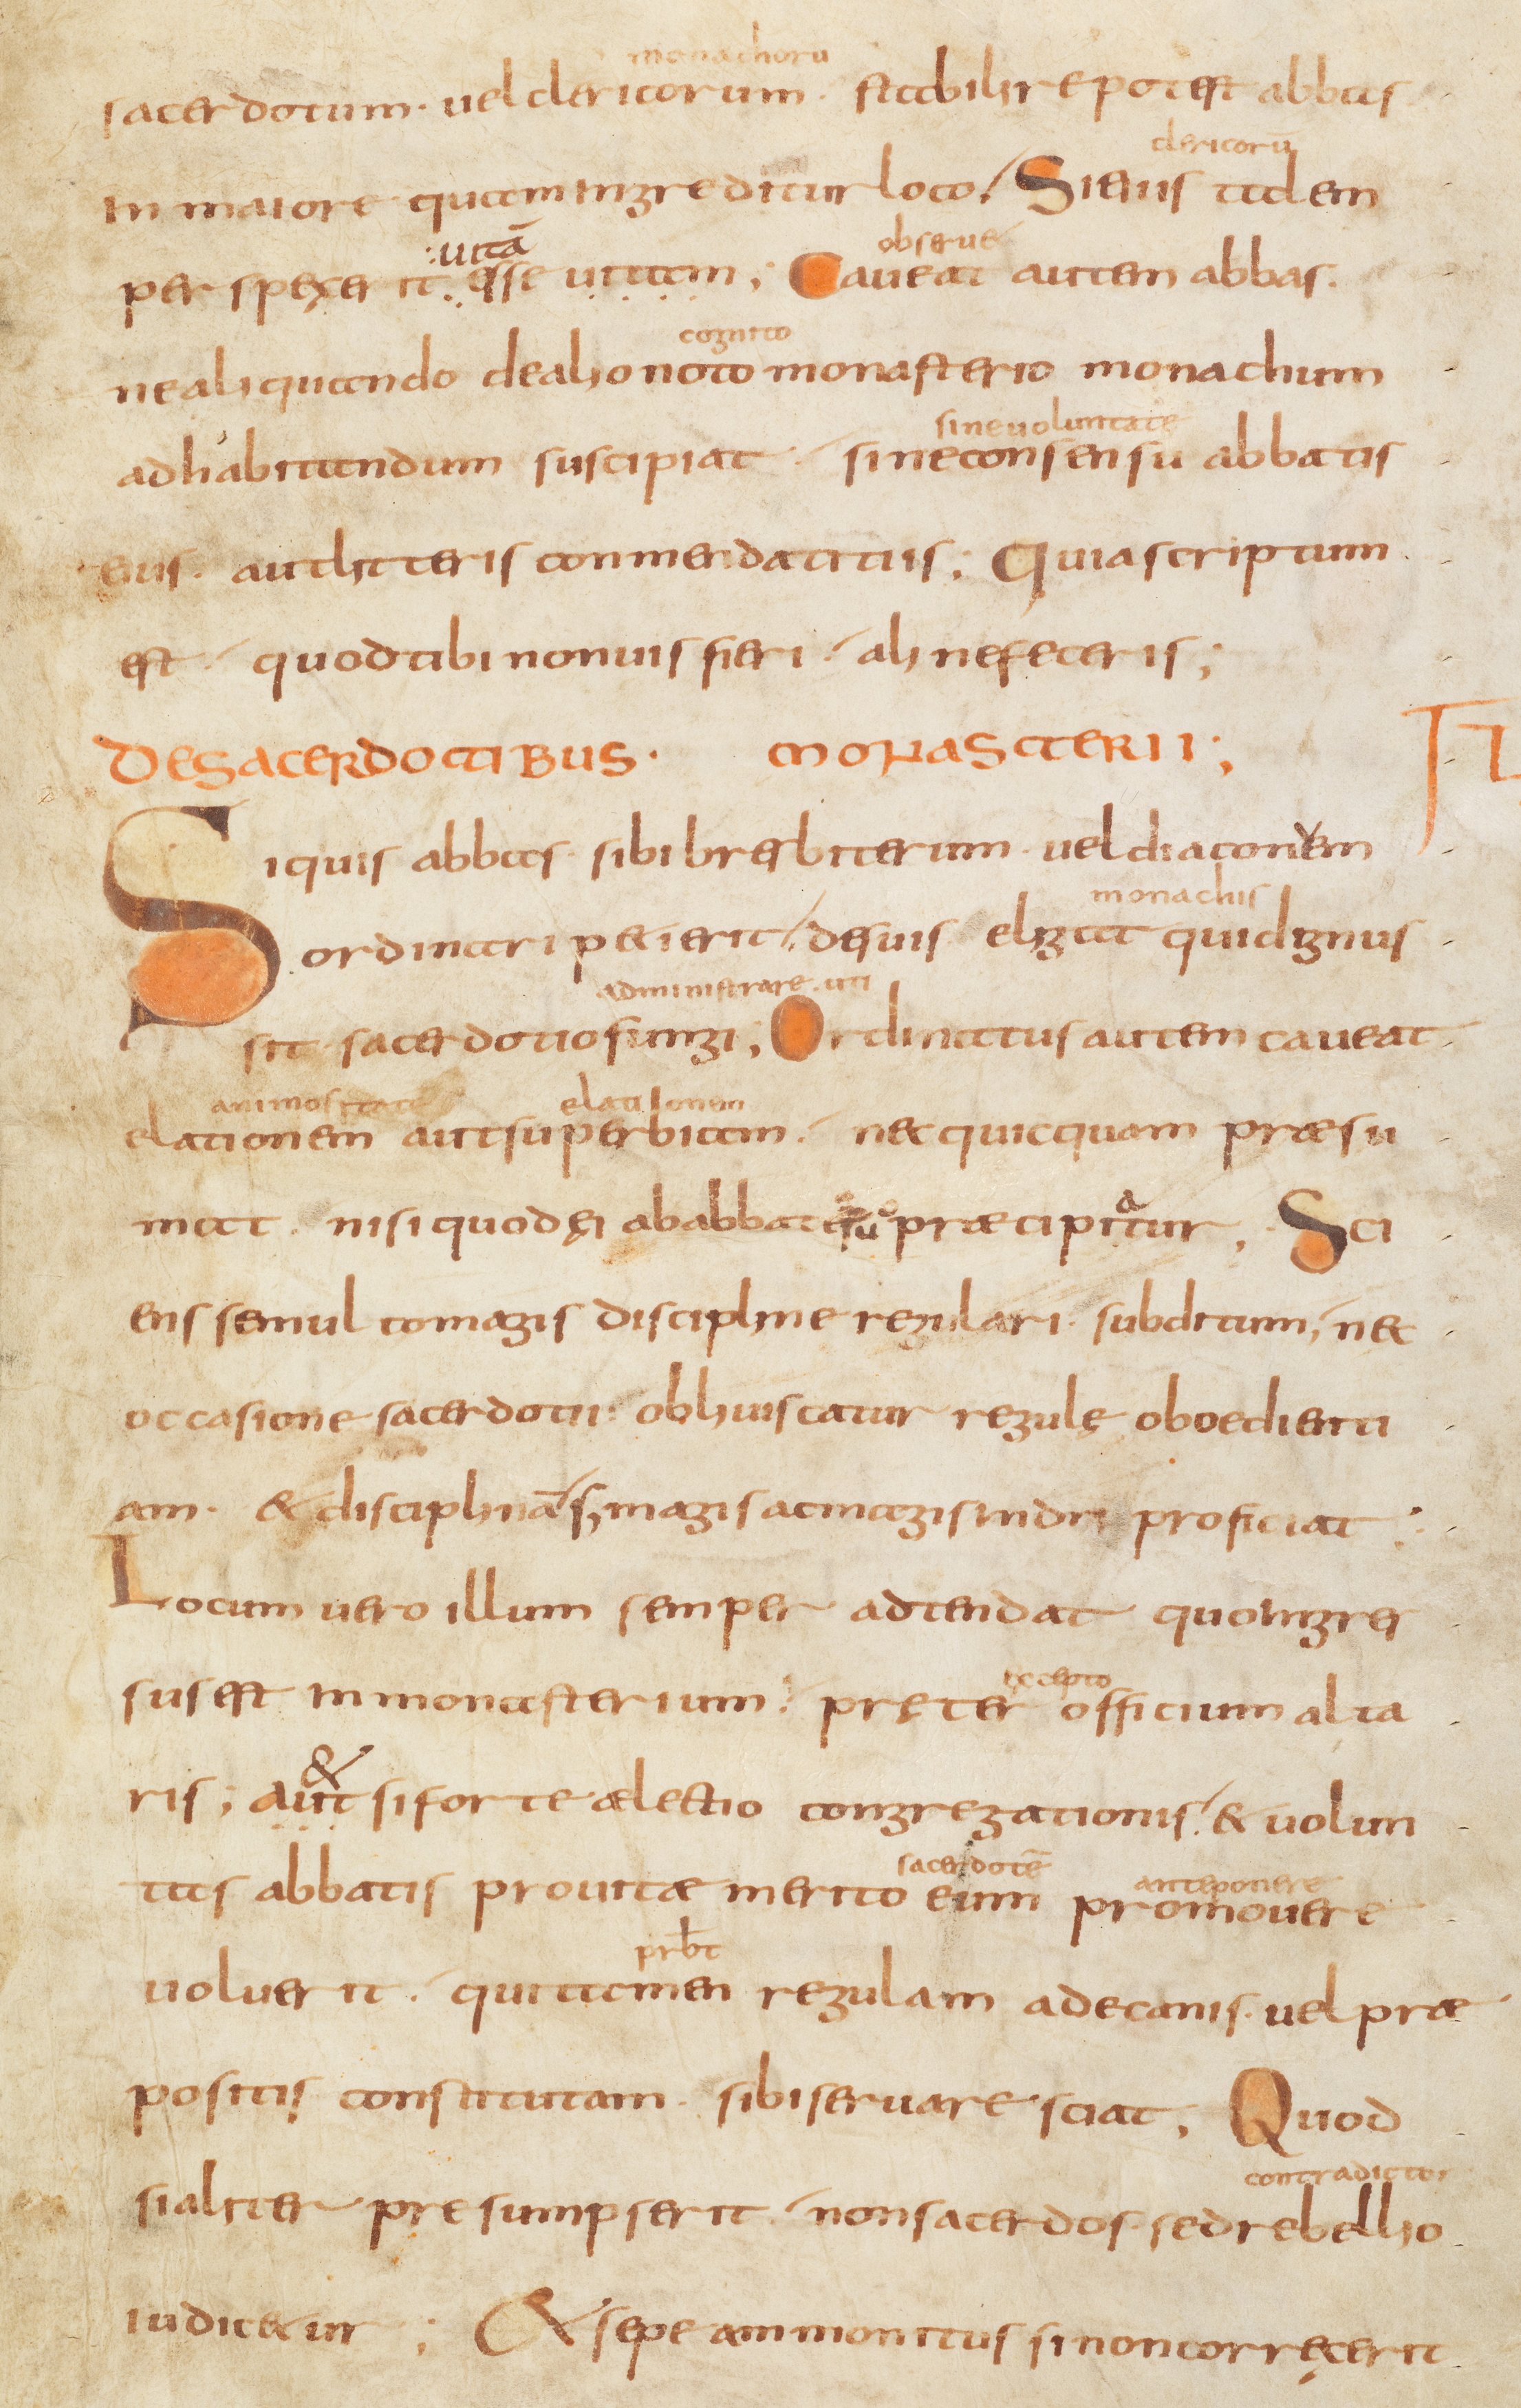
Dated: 800–849